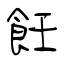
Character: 飪